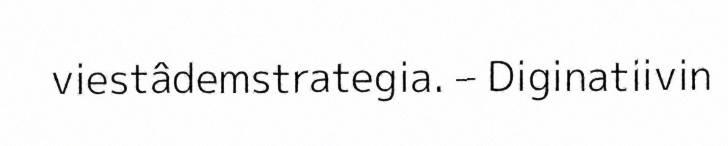
viestâdemstrategia. – Diginatiivin